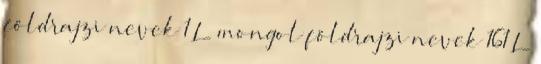
földrajzi nevek‎ 1 L mongol földrajzi nevek‎ 161 L